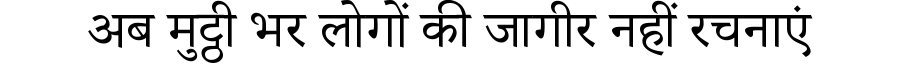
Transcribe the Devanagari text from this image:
अब मुट्ठी भर लोगों की जागीर नहीं रचनाएं